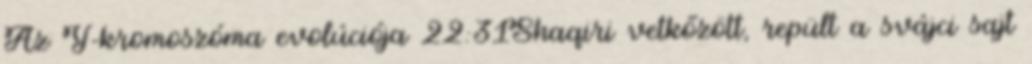
Az Y-kromoszóma evolúciója 22:31Shaqiri vetkőzött, repült a svájci sajt